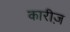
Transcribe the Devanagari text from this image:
कारीज़